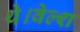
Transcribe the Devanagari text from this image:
थे।वेल्श